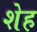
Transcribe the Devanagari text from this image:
शेह